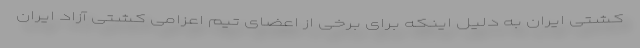
کشتی ایران به دلیل اینکه برای برخی از اعضای تیم اعزامی کشتی آزاد ایران